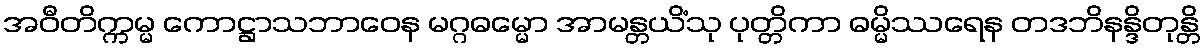
အဝီတိက္ကမ္မ ကောဋ္ဌာသဘာဝေန မဂ္ဂဓမ္မော အာမန္တယိံသု ပုတ္တိကာ ဓမ္မိဿရေန တဒဘိနန္ဒိတုန္တိ